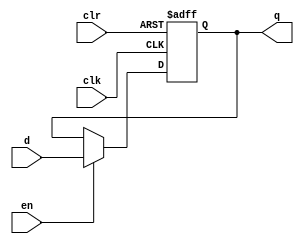
module dffe_ref (q, d, clk, en, clr);
   
   //Inputs
   input d, clk, en, clr;
   
   //Internal wire
   wire clr;

   //Output
   output q;
   
   //Register
   reg q;

   //Intialize q to 0
   initial
   begin
       q = 1'b0;
   end

   //Set value of q on positive edge of the clock or clear
   always @(posedge clk or posedge clr) begin //this looks like asynchronous clear...? thought that wasn't ideal.
       //If clear is high, set q to 0
       if (clr) begin
           q <= 1'b0;
       //If enable is high, set q to the value of d
       end else if (en) begin
           q <= d;
       end
   end
endmodule